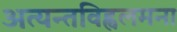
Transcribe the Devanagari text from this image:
अत्यन्तविह्वलमना